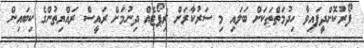
ފޯރުކޮށްދީފައިވާ ހިދުމަތްތަކަށް ބަލައި މި ސަރުކާރަށް ރިޕޯޓެއް ދިނުމަށް ރައީސް ރައްޔިތުންގެ ކިބައިން